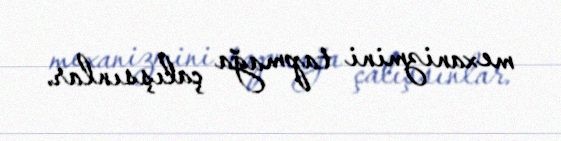
mexanizmini tapmağa çalışsınlar.